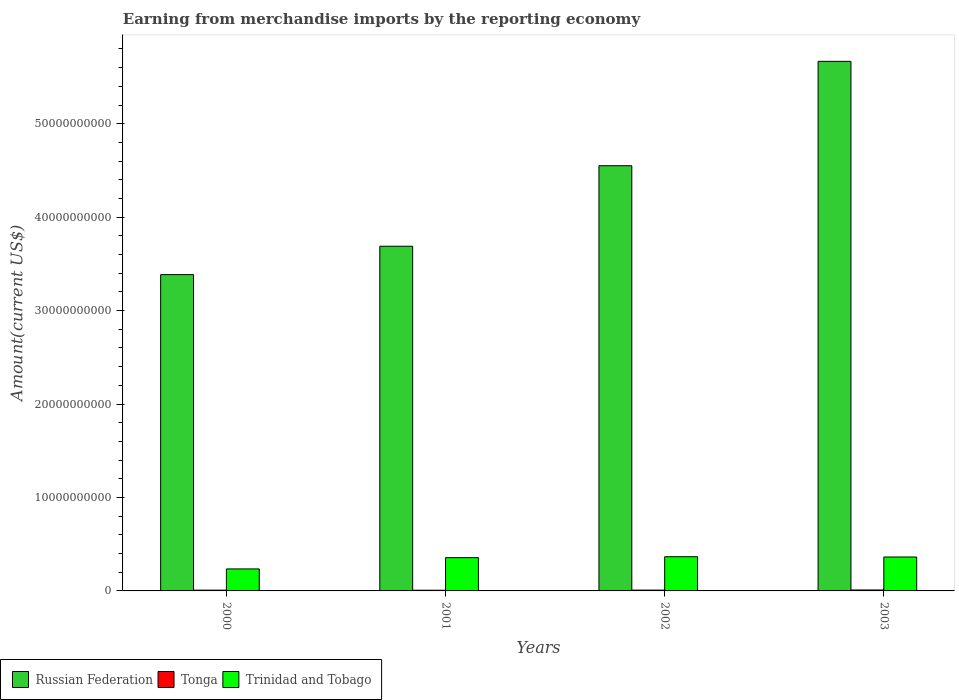
| Years | Russian Federation | Tonga | Trinidad and Tobago |
 | --- | --- | --- | --- |
 | 2000 | 3.39e+10 | 8.27e+07 | 2.35e+09 |
 | 2001 | 3.69e+10 | 7.39e+07 | 3.56e+09 |
 | 2002 | 4.55e+10 | 8.71e+07 | 3.66e+09 |
 | 2003 | 5.67e+10 | 1.01e+08 | 3.63e+09 |